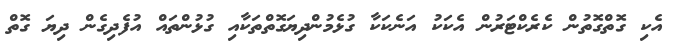
އެކި ގޮތްގޮތުން ކެރެކްޓަރުން އެކަކު އަނެކަކާ ގުޅެމުންދިޔަގޮތްތަކާއި ގުޅުންތައް އުފެދިގެން ދިޔަ ގޮތް